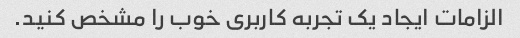
الزامات ایجاد یک تجربه کاربری خوب را مشخص کنید.